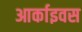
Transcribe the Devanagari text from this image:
आर्काइवस